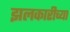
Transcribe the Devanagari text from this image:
झलकारीच्या